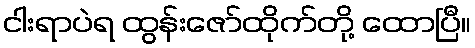
ငါးရာပဲရ ထွန်းဇော်ထိုက်တို့ ထောပြီ။